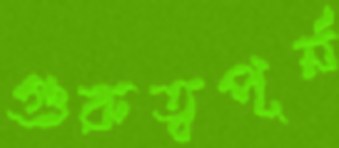
গুরুত্বপূর্ন